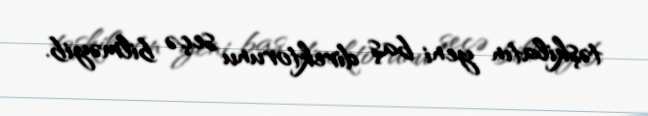
təşkilatın yeni baş direktorunu seçə bilməyib.